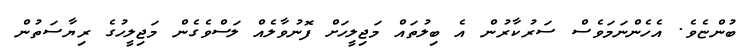
ބުންޏެވެ. އެހެންނަމަވެސް ސަރުކާރުން އެ ބިލުތައް މަޖިލީހަށް ފޮނުވާލެއް ލަސްވެގެން މަޖިލީހުގެ ރިޔާސަތުން